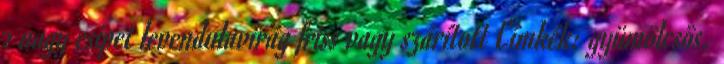
2 nagy csipet levendulavirág friss vagy szárított Címkék: gyümölcsös,